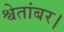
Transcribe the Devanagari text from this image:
श्वेतांबर।